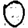
Digit: 0